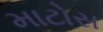
માટોસ